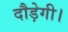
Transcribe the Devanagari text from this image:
दौड़ेगी।